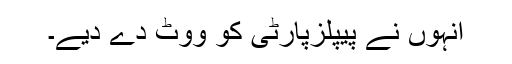
انہوں نے پیپلزپارٹی کو ووٹ دے دیے۔